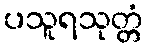
ပသူရသုတ္တံ